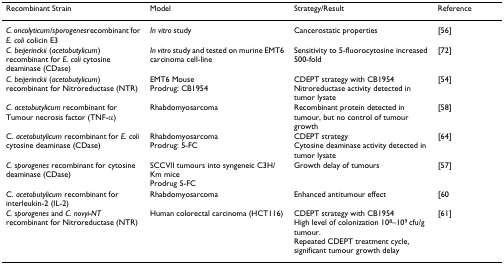
| Recombinant Strain | Model | Strategy/Result | Reference |
 | --- | --- | --- | --- |
 | C. oncolyticum/sporogenesrecombinant for E. coli colicin E3 | In vitro study | Cancerostatic properties | [56] |
 | C. beijerinckii (acetobutylicum) recombinant for E. coli cytosine deaminase (CDase) | In vitro study and tested on murine EMT6 carcinoma cell-line | Sensitivity to 5-fluorocytosine increased 500-fold | [72] |
 | C. beijerinckii (acetobutylicum) recombinant for Nitroreductase (NTR) | EMT6 MouseProdrug: CB1954 | CDEPT strategy with CB1954Nitroreductase activity detected in tumor lysate | [54] |
 | C. acetobutylicum recombinant for Tumour necrosis factor (TNF-α) | Rhabdomyosarcoma | Recombinant protein detected in tumour, but no control of tumour growth | [58] |
 | C. acetobutylicum recombinant for E. coli cytosine deaminase (CDase) | RhabdomyosarcomaProdrug: 5-FC | CDEPT strategyCytosine deaminase activity detected in tumor lysate | [64] |
 | C. sporogenes recombinant for cytosine deaminase (CDase) | SCCVII tumours into syngeneic C3H/Km miceProdrug 5-FC | Growth delay of tumours | [57] |
 | C. acetobutylicum recombinant for interleukin-2 (IL-2) | Rhabdomyosarcoma | Enhanced antitumour effect | [60 |
 | C. sporogenes and C. novyi-NT recombinant for Nitroreductase (NTR) | Human colorectal carcinoma (HCT116) | CDEPT strategy with CB1954High level of colonization 108–109 cfu/g tumour.Repeated CDEPT treatment cycle, significant tumour growth delay | [61] |